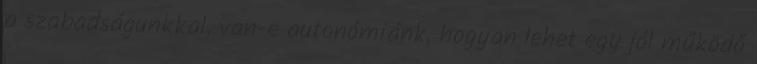
a szabadságunkkal, van-e autonómiánk, hogyan lehet egy jól működő